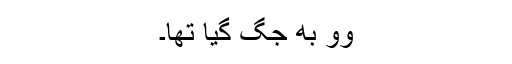
وو بھِ جگ گیا تھا۔